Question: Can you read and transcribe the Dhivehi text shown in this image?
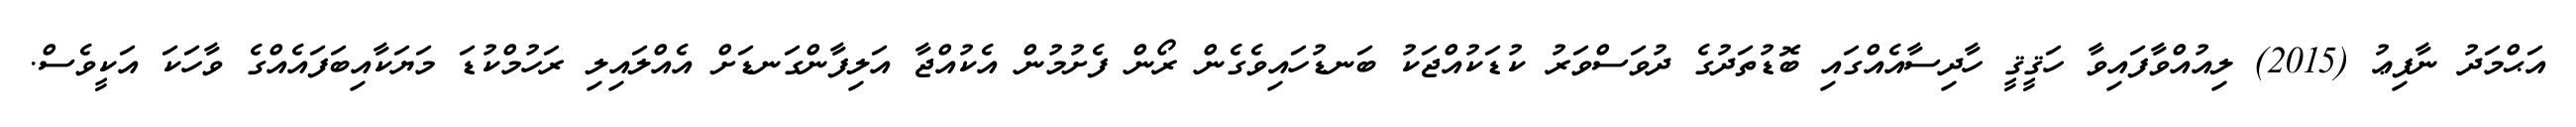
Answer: އަޙްމަދު ނާފިޢު (2015) ލިއުއްވާފައިވާ ހަޤީޤީ ހާދިސާއެއްގައި ބޮޑުތަދުގެ ދުވަސްވަރު ކުޑަކުއްޖަކު ބަނޑުހައިވެގެން ރޯން ފެށުމުން އެކުއްޖާ އަލިފާންގަނޑަށް އެއްލައިލި ރަހުމްކުޑަ މަޔަކާއިބަފައެއްގެ ވާހަކަ އަކީވެސް.